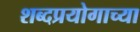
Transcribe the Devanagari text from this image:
शब्दप्रयोगाच्या